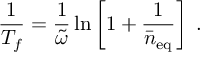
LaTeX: \frac { 1 } { T _ { f } } = \frac { 1 } { \tilde { \omega } } \ln \left[ 1 + \frac { 1 } { \bar { n } _ { \mathrm { e q } } } \right] \; .